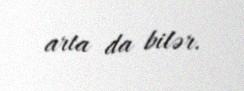
arta da bilər.